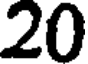
20